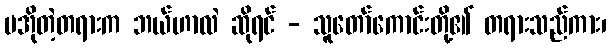
မအိုတဲ့တရားက ဘယ်ဟာလဲ ဆိုရင် - သူတော်ကောင်းတို့၏ တရားသည်ကား၊